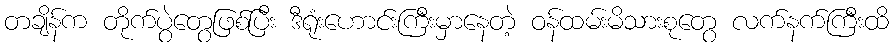
တချိန်က တိုက်ပွဲတွေဖြစ်ပြီး ဒီရုံးဟောင်းကြီးမှာနေတဲ့ ဝန်ထမ်းမိသားစုတွေ လက်နက်ကြီးထိ